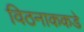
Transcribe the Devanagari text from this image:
विठनाककडे